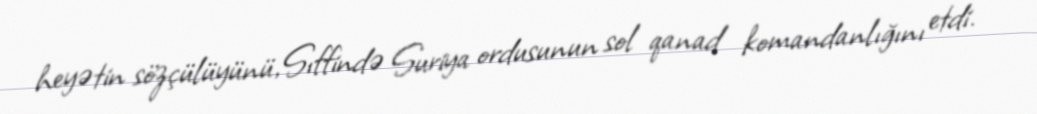
heyətin sözçülüyünü, Sıffində Suriya ordusunun sol qanad komandanlığını etdi.